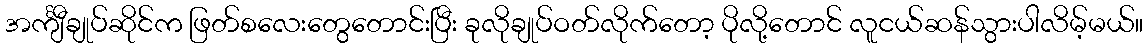
အင်္ကျီချုပ်ဆိုင်က ဖြတ်စလေးတွေတောင်းပြီး ခုလိုချုပ်ဝတ်လိုက်တော့ ပိုလို့တောင် လူငယ်ဆန်သွားပါလိမ့်မယ်။